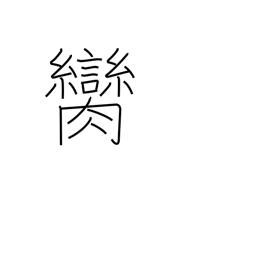
Meaning: witness